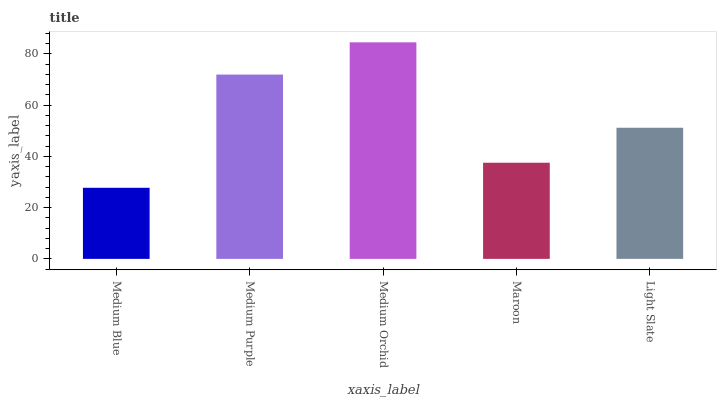
| xaxis_label | bars |
 | --- | --- |
 | Medium Blue | 27.7 |
 | Medium Purple | 71.9 |
 | Medium Orchid | 84.5 |
 | Maroon | 37.5 |
 | Light Slate | 51.1 |